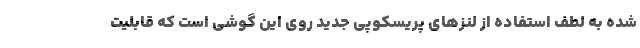
شده به لطف استفاده از لنزهای پریسکوپی جدید روی این گوشی است که قابلیت